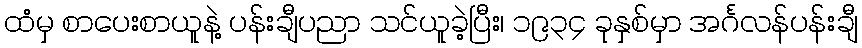
ထံမှ စာပေးစာယူနဲ့ ပန်းချီပညာ သင်ယူခဲ့ပြီး၊ ၁၉၃၄ ခုနှစ်မှာ အင်္ဂလန်ပန်းချီ